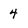
Character: 4